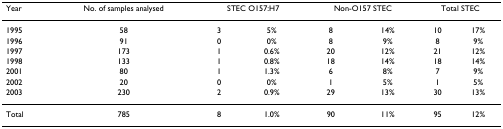
<table><thead><tr><td><b>Year</b></td><td><b>No. of samples analysed</b></td><td colspan="2"><b>STEC O157:H7</b></td><td colspan="2"><b>Non-O157 STEC</b></td><td colspan="2"><b>Total STEC</b></td></tr></thead><tbody><tr><td>1995</td><td>58</td><td>3</td><td>5%</td><td>8</td><td>14%</td><td>10</td><td>17%</td></tr><tr><td>1996</td><td>91</td><td>0</td><td>0%</td><td>8</td><td>9%</td><td>8</td><td>9%</td></tr><tr><td>1997</td><td>173</td><td>1</td><td>0.6%</td><td>20</td><td>12%</td><td>21</td><td>12%</td></tr><tr><td>1998</td><td>133</td><td>1</td><td>0.8%</td><td>18</td><td>14%</td><td>18</td><td>14%</td></tr><tr><td>2001</td><td>80</td><td>1</td><td>1.3%</td><td>6</td><td>8%</td><td>7</td><td>9%</td></tr><tr><td>2002</td><td>20</td><td>0</td><td>0%</td><td>1</td><td>5%</td><td>1</td><td>5%</td></tr><tr><td>2003</td><td>230</td><td>2</td><td>0.9%</td><td>29</td><td>13%</td><td>30</td><td>13%</td></tr><tr><td>Total</td><td>785</td><td>8</td><td>1.0%</td><td>90</td><td>11%</td><td>95</td><td>12%</td></tr></tbody></table>